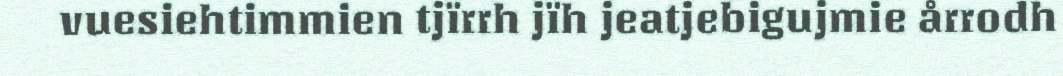
vuesiehtimmien tjïrrh jïh jeatjebigujmie årrodh